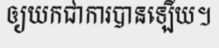
ឲ្យយកជាការបានឡើយ។